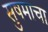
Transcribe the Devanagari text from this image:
सुषमाचा